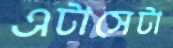
এটাসেটা